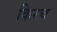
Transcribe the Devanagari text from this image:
किरच